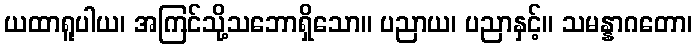
ယထာရူပါယ၊ အကြင်သို့သဘောရှိသော။ ပညာယ၊ ပညာနှင့်။ သမန္နာဂတော၊